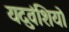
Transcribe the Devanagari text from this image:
यदुवंशियो